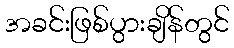
အခင်းဖြစ်ပွားချိန်တွင်